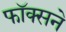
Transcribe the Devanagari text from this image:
फॉक्सने